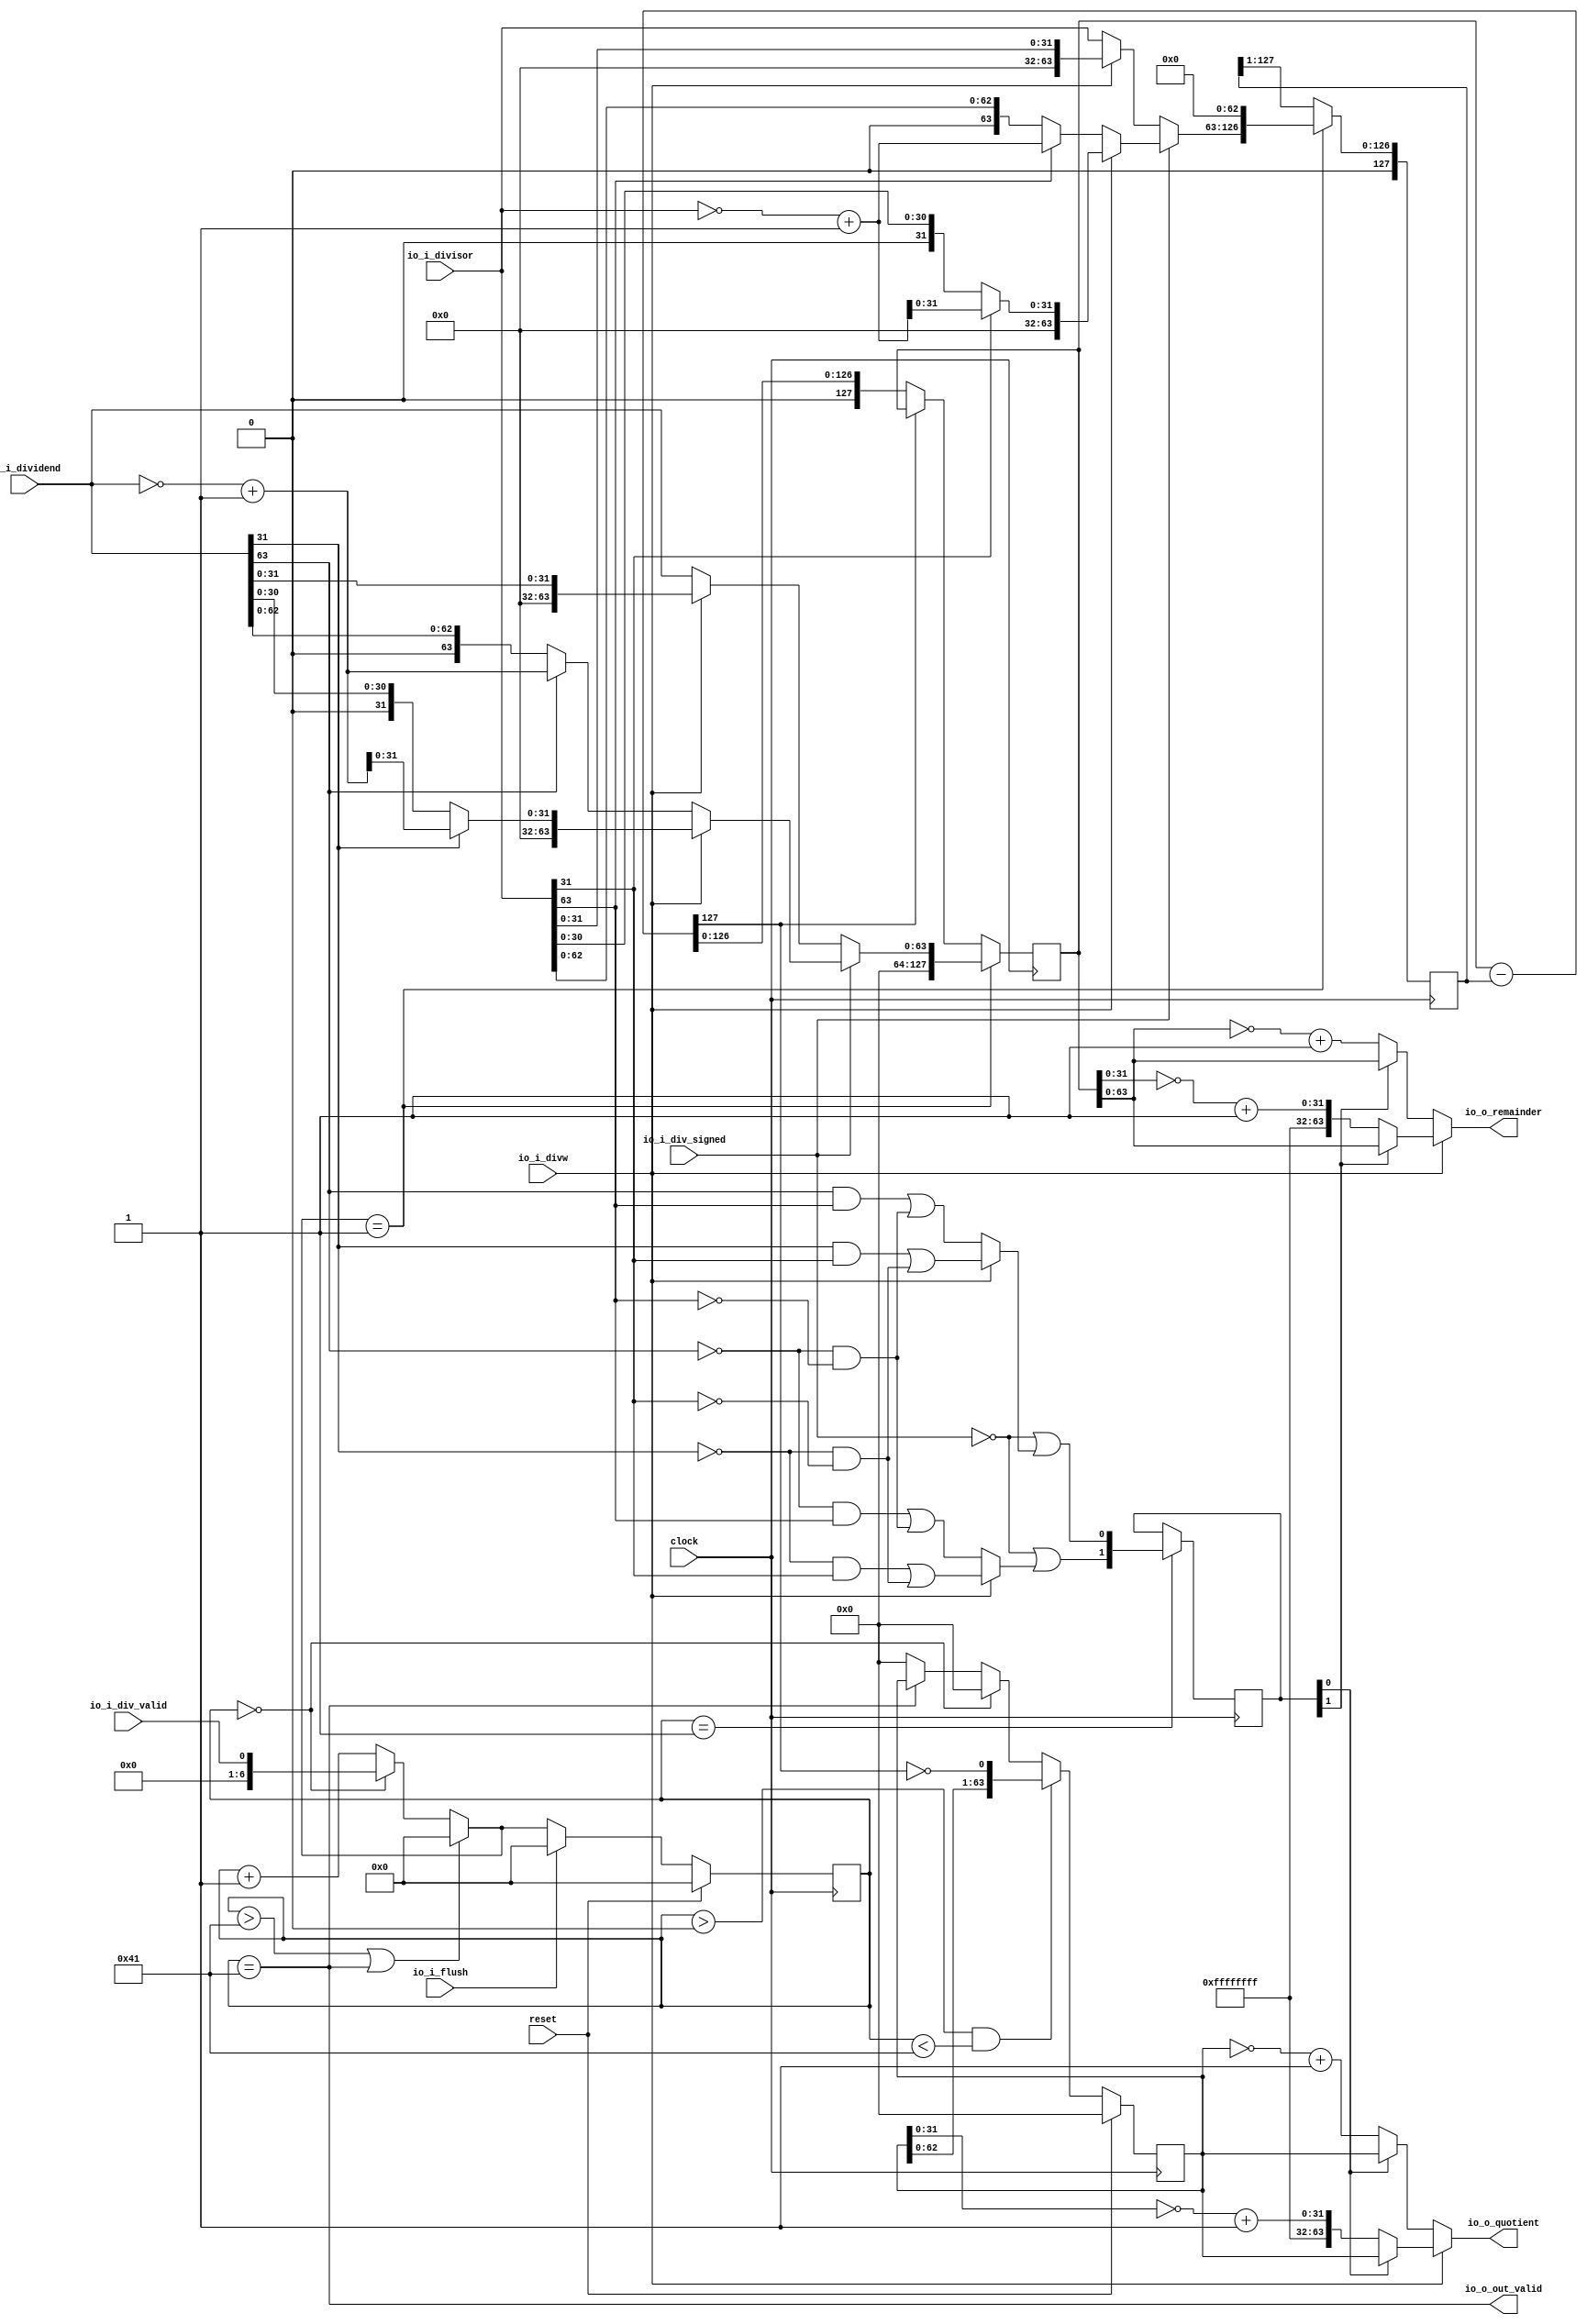
module Divider(
  input         clock,
  input         reset,
  input  [63:0] io_i_dividend,
  input  [63:0] io_i_divisor,
  input         io_i_div_valid,
  input         io_i_divw,
  input         io_i_div_signed,
  input         io_i_flush,
  output        io_o_out_valid,
  output [63:0] io_o_quotient,
  output [63:0] io_o_remainder
);
`ifdef RANDOMIZE_REG_INIT
  reg [31:0] _RAND_0;
  reg [31:0] _RAND_1;
  reg [127:0] _RAND_2;
  reg [127:0] _RAND_3;
  reg [63:0] _RAND_4;
`endif // RANDOMIZE_REG_INIT
  reg [6:0] state; // @[div.scala 26:24]
  wire [6:0] _next_state_T_1 = state + 7'h1; // @[div.scala 30:33]
  wire  _next_state_T_3 = state == 7'h41; // @[div.scala 31:29]
  wire  _next_state_T_4 = state > 7'h41 | state == 7'h41; // @[div.scala 31:21]
  wire  _next_state_T_5 = state == 7'h0; // @[div.scala 32:15]
  wire [6:0] _next_state_T_7 = _next_state_T_5 ? {{6'd0}, io_i_div_valid} : _next_state_T_1; // @[Mux.scala 101:16]
  wire [6:0] next_state = _next_state_T_4 ? 7'h0 : _next_state_T_7; // @[Mux.scala 101:16]
  wire  _T = ~io_i_div_signed; // @[div.scala 42:10]
  wire  _quotient_sign_T_4 = ~io_i_dividend[31]; // @[div.scala 46:73]
  wire  _quotient_sign_T_7 = ~io_i_dividend[31] & ~io_i_divisor[31]; // @[div.scala 46:92]
  wire  _quotient_sign_T_13 = ~io_i_dividend[63]; // @[div.scala 48:73]
  wire  _quotient_sign_T_16 = ~io_i_dividend[63] & ~io_i_divisor[63]; // @[div.scala 48:92]
  wire  _GEN_0 = io_i_divw ? io_i_dividend[31] & io_i_divisor[31] | ~io_i_dividend[31] & ~io_i_divisor[31] :
    io_i_dividend[63] & io_i_divisor[63] | ~io_i_dividend[63] & ~io_i_divisor[63]; // @[div.scala 45:24 46:27 48:27]
  wire  quotient_sign = ~io_i_div_signed | _GEN_0; // @[div.scala 42:27 43:23]
  wire  _GEN_2 = io_i_divw ? _quotient_sign_T_4 & io_i_divisor[31] | _quotient_sign_T_7 : _quotient_sign_T_13 &
    io_i_divisor[63] | _quotient_sign_T_16; // @[div.scala 54:24 55:28 57:28]
  wire  remainder_sign = _T | _GEN_2; // @[div.scala 51:28 52:24]
  wire [63:0] _GEN_4 = io_i_divw ? {{32'd0}, io_i_dividend[31:0]} : io_i_dividend; // @[div.scala 64:24 65:31 68:31]
  wire [63:0] _GEN_5 = io_i_divw ? {{32'd0}, io_i_divisor[31:0]} : io_i_divisor; // @[div.scala 64:24 66:30 69:30]
  wire [63:0] _dividend_unsigned_T_3 = ~io_i_dividend; // @[div.scala 73:80]
  wire [63:0] _dividend_unsigned_T_5 = _dividend_unsigned_T_3 + 64'h1; // @[div.scala 73:95]
  wire [31:0] _dividend_unsigned_T_8 = io_i_dividend[31] ? _dividend_unsigned_T_5[31:0] : io_i_dividend[31:0]; // @[div.scala 73:59]
  wire [63:0] _dividend_unsigned_T_9 = {32'h0,_dividend_unsigned_T_8}; // @[Cat.scala 33:92]
  wire [63:0] _divisor_unsigned_T_3 = ~io_i_divisor; // @[div.scala 74:78]
  wire [63:0] _divisor_unsigned_T_5 = _divisor_unsigned_T_3 + 64'h1; // @[div.scala 74:92]
  wire [31:0] _divisor_unsigned_T_8 = io_i_divisor[31] ? _divisor_unsigned_T_5[31:0] : io_i_divisor[31:0]; // @[div.scala 74:58]
  wire [63:0] _divisor_unsigned_T_9 = {32'h0,_divisor_unsigned_T_8}; // @[Cat.scala 33:92]
  wire [63:0] _dividend_unsigned_T_14 = io_i_dividend[63] ? _dividend_unsigned_T_5 : io_i_dividend; // @[div.scala 76:37]
  wire [63:0] _divisor_unsigned_T_14 = io_i_divisor[63] ? _divisor_unsigned_T_5 : io_i_divisor; // @[div.scala 77:36]
  wire [63:0] _GEN_6 = io_i_divw ? _dividend_unsigned_T_9 : _dividend_unsigned_T_14; // @[div.scala 72:24 73:31 76:31]
  wire [63:0] _GEN_7 = io_i_divw ? _divisor_unsigned_T_9 : _divisor_unsigned_T_14; // @[div.scala 72:24 74:30 77:30]
  wire [63:0] dividend_unsigned = _T ? _GEN_4 : _GEN_6; // @[div.scala 63:27]
  wire [63:0] divisor_unsigned = _T ? _GEN_5 : _GEN_7; // @[div.scala 63:27]
  reg [1:0] signs; // @[div.scala 81:20]
  wire [1:0] _signs_T = {remainder_sign,quotient_sign}; // @[Cat.scala 33:92]
  reg [127:0] temp_op1; // @[div.scala 87:23]
  reg [127:0] temp_op2; // @[div.scala 88:23]
  wire [127:0] div_temp = temp_op1 - temp_op2; // @[div.scala 90:26]
  wire  _temp_op1_T = next_state == 7'h1; // @[div.scala 93:32]
  wire [127:0] _temp_op1_T_1 = {64'h0,dividend_unsigned}; // @[Cat.scala 33:92]
  wire  _temp_op1_T_3 = ~div_temp[127]; // @[div.scala 93:80]
  wire [127:0] _temp_op2_T_2 = {1'h0,divisor_unsigned,63'h0}; // @[Cat.scala 33:92]
  wire [127:0] _temp_op2_T_4 = {1'h0,temp_op2[127:1]}; // @[Cat.scala 33:92]
  reg [63:0] ans; // @[div.scala 96:22]
  wire  _next_ans_T_2 = state > 7'h0 & state < 7'h41; // @[div.scala 101:22]
  wire [63:0] _next_ans_T_6 = {ans[62:0],_temp_op1_T_3}; // @[Cat.scala 33:92]
  wire [31:0] _quotient_signed_T_3 = ~ans[31:0]; // @[div.scala 110:67]
  wire [31:0] _quotient_signed_T_5 = _quotient_signed_T_3 + 32'h1; // @[div.scala 110:77]
  wire [63:0] _quotient_signed_T_6 = {32'hffffffff,_quotient_signed_T_5}; // @[Cat.scala 33:92]
  wire [63:0] _quotient_signed_T_7 = signs[0] ? ans : _quotient_signed_T_6; // @[div.scala 110:31]
  wire [63:0] _quotient_signed_T_9 = ~ans; // @[div.scala 112:45]
  wire [63:0] _quotient_signed_T_11 = _quotient_signed_T_9 + 64'h1; // @[div.scala 112:49]
  wire [63:0] _quotient_signed_T_12 = signs[0] ? ans : _quotient_signed_T_11; // @[div.scala 112:31]
  wire [31:0] _remainder_signed_T_3 = ~temp_op1[31:0]; // @[div.scala 115:73]
  wire [31:0] _remainder_signed_T_5 = _remainder_signed_T_3 + 32'h1; // @[div.scala 115:88]
  wire [63:0] _remainder_signed_T_6 = {32'hffffffff,_remainder_signed_T_5}; // @[Cat.scala 33:92]
  wire [127:0] _remainder_signed_T_7 = signs[1] ? temp_op1 : {{64'd0}, _remainder_signed_T_6}; // @[div.scala 115:32]
  wire [127:0] _remainder_signed_T_9 = ~temp_op1; // @[div.scala 117:51]
  wire [127:0] _remainder_signed_T_11 = _remainder_signed_T_9 + 128'h1; // @[div.scala 117:60]
  wire [127:0] _remainder_signed_T_12 = signs[1] ? temp_op1 : _remainder_signed_T_11; // @[div.scala 117:32]
  wire [127:0] _GEN_12 = io_i_divw ? _remainder_signed_T_7 : _remainder_signed_T_12; // @[div.scala 114:20 115:26 117:26]
  assign io_o_out_valid = state == 7'h41; // @[div.scala 37:29]
  assign io_o_quotient = io_i_divw ? _quotient_signed_T_7 : _quotient_signed_T_12; // @[div.scala 109:20 110:25 112:25]
  assign io_o_remainder = _GEN_12[63:0]; // @[div.scala 107:32]
  always @(posedge clock) begin
    if (reset) begin // @[div.scala 26:24]
      state <= 7'h0; // @[div.scala 26:24]
    end else if (io_i_flush) begin // @[div.scala 34:17]
      state <= 7'h0;
    end else if (_next_state_T_4) begin // @[Mux.scala 101:16]
      state <= 7'h0;
    end else if (_next_state_T_5) begin // @[Mux.scala 101:16]
      state <= {{6'd0}, io_i_div_valid};
    end else begin
      state <= _next_state_T_1;
    end
    if (state == 7'h1) begin // @[div.scala 82:24]
      signs <= _signs_T; // @[div.scala 83:15]
    end
    if (next_state == 7'h1) begin // @[div.scala 93:20]
      temp_op1 <= _temp_op1_T_1;
    end else if (~div_temp[127]) begin // @[div.scala 93:79]
      temp_op1 <= div_temp;
    end
    if (_temp_op1_T) begin // @[div.scala 94:20]
      temp_op2 <= _temp_op2_T_2;
    end else begin
      temp_op2 <= _temp_op2_T_4;
    end
    if (reset) begin // @[div.scala 96:22]
      ans <= 64'h0; // @[div.scala 96:22]
    end else if (_next_ans_T_2) begin // @[Mux.scala 101:16]
      ans <= _next_ans_T_6;
    end else if (_next_state_T_5) begin // @[Mux.scala 101:16]
      ans <= 64'h0;
    end else if (!(_next_state_T_3)) begin // @[Mux.scala 101:16]
      ans <= 64'h0;
    end
  end
// Register and memory initialization
`ifdef RANDOMIZE_GARBAGE_ASSIGN
`define RANDOMIZE
`endif
`ifdef RANDOMIZE_INVALID_ASSIGN
`define RANDOMIZE
`endif
`ifdef RANDOMIZE_REG_INIT
`define RANDOMIZE
`endif
`ifdef RANDOMIZE_MEM_INIT
`define RANDOMIZE
`endif
`ifndef RANDOM
`define RANDOM $random
`endif
`ifdef RANDOMIZE_MEM_INIT
  integer initvar;
`endif
`ifndef SYNTHESIS
`ifdef FIRRTL_BEFORE_INITIAL
`FIRRTL_BEFORE_INITIAL
`endif
initial begin
  `ifdef RANDOMIZE
    `ifdef INIT_RANDOM
      `INIT_RANDOM
    `endif
    `ifndef VERILATOR
      `ifdef RANDOMIZE_DELAY
        #`RANDOMIZE_DELAY begin end
      `else
        #0.002 begin end
      `endif
    `endif
`ifdef RANDOMIZE_REG_INIT
  _RAND_0 = {1{`RANDOM}};
  state = _RAND_0[6:0];
  _RAND_1 = {1{`RANDOM}};
  signs = _RAND_1[1:0];
  _RAND_2 = {4{`RANDOM}};
  temp_op1 = _RAND_2[127:0];
  _RAND_3 = {4{`RANDOM}};
  temp_op2 = _RAND_3[127:0];
  _RAND_4 = {2{`RANDOM}};
  ans = _RAND_4[63:0];
`endif // RANDOMIZE_REG_INIT
  `endif // RANDOMIZE
end // initial
`ifdef FIRRTL_AFTER_INITIAL
`FIRRTL_AFTER_INITIAL
`endif
`endif // SYNTHESIS
endmodule